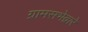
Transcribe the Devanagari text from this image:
ग्रामसभेद्वारे